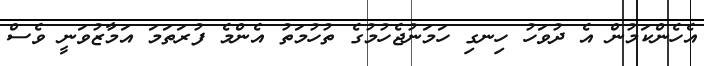
އެހެންކަމުން އެ ދުވަހު ހިނގި ހަމަނުޖެހުމުގެ ތުހުމަތު އެންމެ ފުރަތަމަ އަމާޒުވަނީ ވެސް